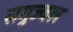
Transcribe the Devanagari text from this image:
समुज्वल